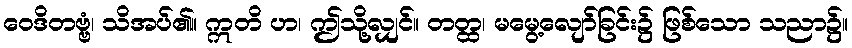
ဝေဒိတဗ္ဗံ၊ သိအပ်၏။ ဣတိ ဟ၊ ဤသို့လျှင်။ တတ္ထ၊ မမွေ့လျော်ခြင်း၌ ဖြစ်သော သညာ၌။